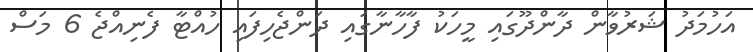
އަހުމަދު ޝަރުވާން ދާންދޫގައި މީހަކު ފާހާނާގައި ދަންޖެހިފައި ހުއްޓާ ފެނިއްޖެ 6 މަސް